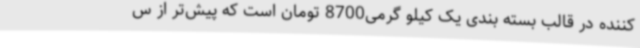
کننده در قالب بسته بندی یک کیلو گرمی8700 تومان است که پیش‌تر از س